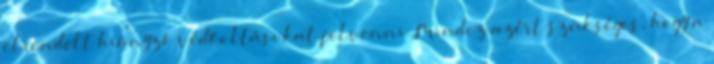
elrendelt hiányzó védőoltásokat felvenni. Mindez azért szükséges, hogy a